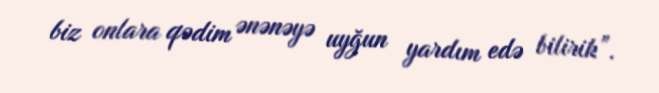
biz onlara qədim ənənəyə uyğun yardım edə bilirik”.